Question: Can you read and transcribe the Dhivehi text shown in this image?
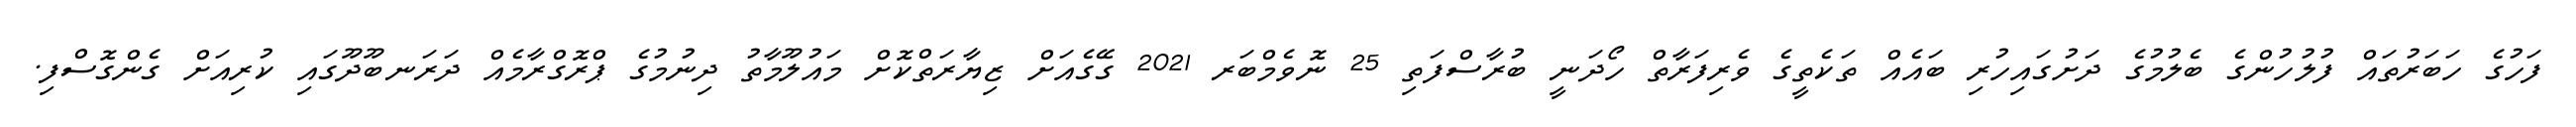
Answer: ފަހުގެ ހަބަރުތައް ފުލުހުންގެ ބެލުމުގެ ދަށުގައިހުރި ބައެއް ތަކެތީގެ ވެރިފަރާތް ހޯދަނީ ބުރާސްފަތި 25 ނޮވެމްބަރ 2021 ގޭގެއަށް ޒިޔާރަތްކޮށް މައުލޫމާތު ދިނުމުގެ ޕްރޮގްރާމެއް ދަރަނބޫދޫގައި ކުރިއަށް ގެންގޮސްފި.